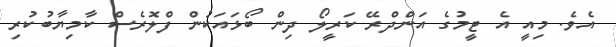
އެވެ. މިއީ އެ ޓީމުގެ އަންދްރޭ ކަރީލޯ ދިން ބޯޅައަކުން ފްލޮރެސް ކާމިޔާބުކުރި